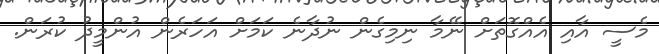
މެސީ އާއި އެއްގޮތަށް ނޭމާ ނިމިގެން ނުދާނެ ކަމަށް އަހަރެން އުންމީދު ކުރަން.